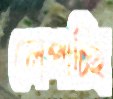
লেপাচ্ছি